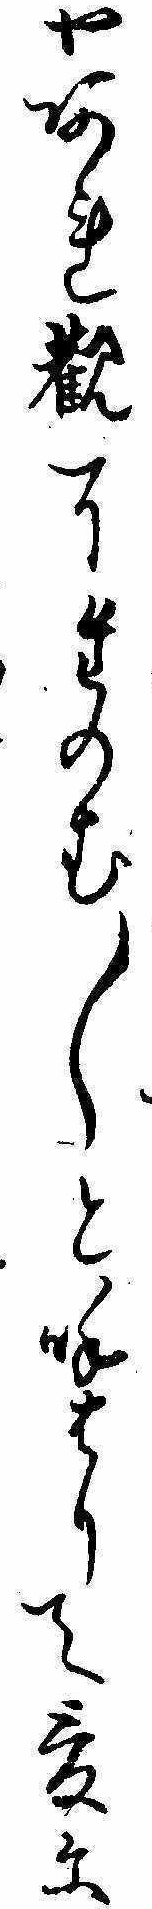
やあれ観了たのむ〱と呼はりて爰に